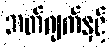
ဘတ်ဂျက်နှင့်